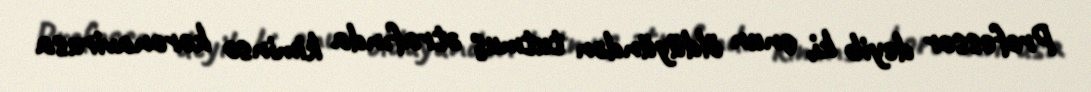
Professor deyib ki, onun öldüyündən tutmuş ətrafında kiminsə koronavirusa